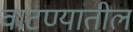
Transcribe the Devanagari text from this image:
वाटण्यातील